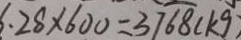
6 . 2 8 \times 6 0 0 = 3 7 6 8 ( k g )